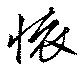
懐